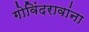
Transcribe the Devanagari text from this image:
गोविंदरावांना